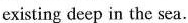
existing deep in the sea.